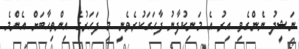
ނަޝީދު ނެންގެވި އިރު އެ މަނިކުފާނު ފާހަގަކުރެވެނީ މި ފަހަރުގެ އިންތިހާބަށް އެންމެ